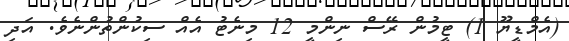
(އެމްޑީޔޫ 1) ޓީމުން ރޭސް ނިންމީ 12 މިނެޓު އެއް ސިކުންތުންނެވެ. އަދި